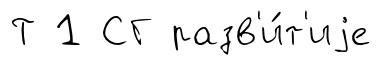
Т 1 СГ разв'и́т'иjе